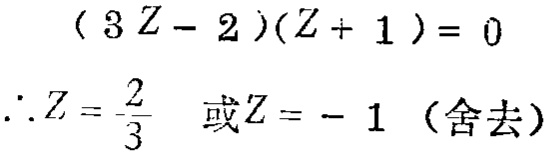
\((3Z - 2)(Z + 1)=0\)

\(\therefore Z = \frac{2}{3}\) 或\(Z = - 1\)（舍去）